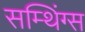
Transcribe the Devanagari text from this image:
सम्थिंग्स